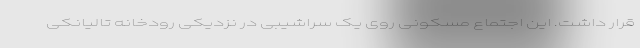
قرار داشت. این اجتماع مسکونی روی یک سراشیبی در نزدیکی رودخانه تالیانکی